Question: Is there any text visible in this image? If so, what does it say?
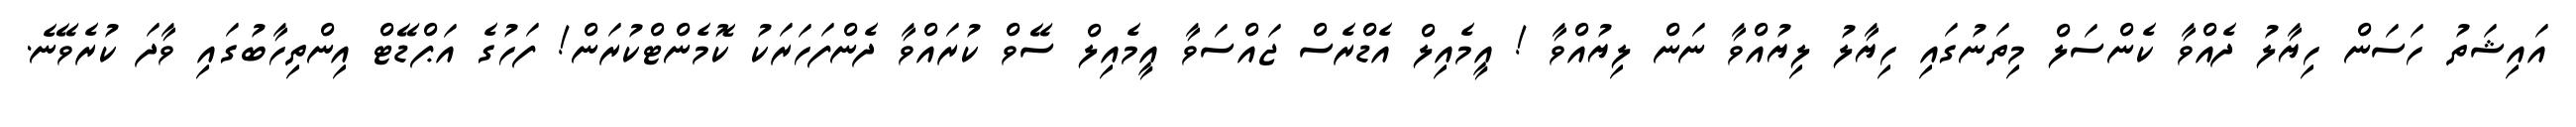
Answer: އައިޝަތު ހަސަން ހިޔާލު ދެއްވާ ކެންސަލް މިތަނުގައި ހިޔާލު ލިޔުއްވާ ނަން ލިޔުއްވާ ! އީމެއިލް އެޑްރެސް ޖައްސަވާ އީމެއިލް ސޭވް ކުރައްވާ ދެންފަހަރަކު ކޮމެންޓްކުރަން! ފަހުގެ އަޕްޑޭޓް އިންތިހާބުގައި ވާދަ ކުރެވޭނެ.